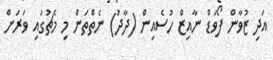
އަދި ޒުވާން ފޯވަޑް ނާއިޒް ހުސެއިން (ދާދު) ނެތްތަން މި މެޗުގައި ވަރަށް